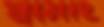
স্বামীই